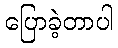
ပြောခဲ့တာပါ